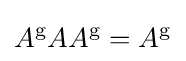
A^{\mathrm {g} }AA^{\mathrm {g} }=A^{\mathrm {g} }